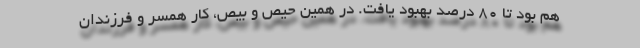
هم بود تا 80 درصد بهبود یافت. در همین حیص و بیص، کار همسر و فرزندان